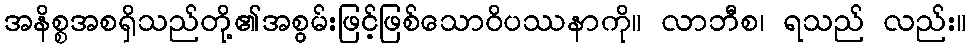
အနိစ္စအစရှိသည်တို့၏အစွမ်းဖြင့်ဖြစ်သောဝိပဿနာကို။ လာဘီစ၊ ရသည် လည်း။